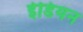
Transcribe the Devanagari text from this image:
ईडियन